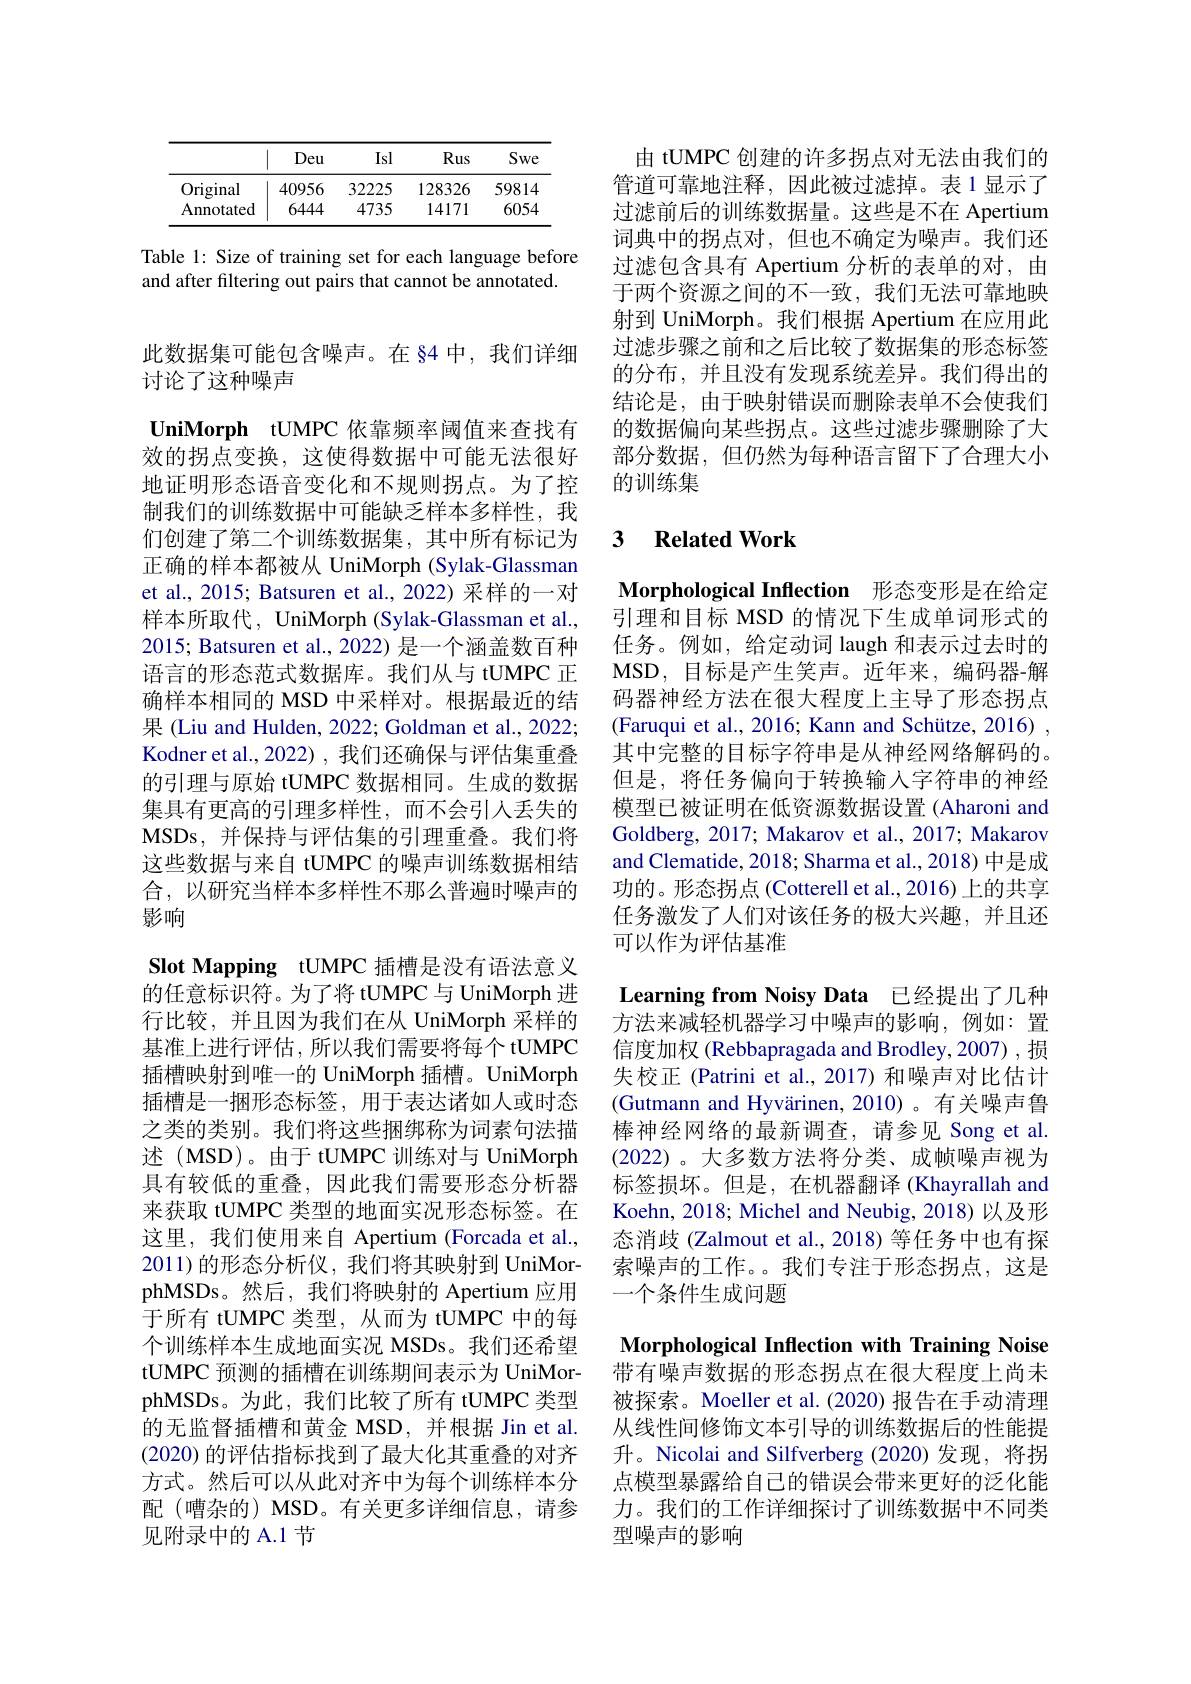
<table>
	<tbody>
		<tr>
			<th> </th>
			<th>Deu</th>
			<th>Isl</th>
			<th>Rus</th>
			<th>Swe</th>
		</tr>
		<tr>
			<td>Original</td>
			<td>40956</td>
			<td>32225</td>
			<td>128326</td>
			<td>59814</td>
		</tr>
		<tr>
			<td>Annotated</td>
			<td>6444</td>
			<td>4735</td>
			<td>14171</td>
			<td>6054</td>
		</tr>
	</tbody>
</table>

Table 1: Size of training set for each language before
and after filtering out pairs that cannot be annotated.

此数据集可能包含噪声。在 §4 中，我们详细
讨论了这种噪声

UniMorph tUMPC 依靠频率阈值来查找有效的拐点变换，这使得数据中可能无法很好地证明形态语音变化和不规则拐点。为了控制我们的训练数据中可能缺乏样本多样性，我们创建了第二个训练数据集，其中所有标记为正确的样本都被从 UniMorph (Sylak-Glassman et al., 2015; Batsuren et al., 2022) 采样的一对样本所取代，UniMorph (Sylak-Glassman et al., 2015; Batsuren et al., 2022) 是一个涵盖数百种语言的形态范式数据库。我们从与 tUMPC 正确样本相同的 MSD 中采样对。根据最近的结果 (Liu and Hulden, 2022; Goldman et al., 2022; Kodner et al., 2022) , 我们还确保与评估集重叠的引理与原始 tUMPC 数据相同。生成的数据集具有更高的引理多样性，而不会引入丢失的MSDs,并保持与评估集的引理重叠。我们将这些数据与来自 tUMPC 的噪声训练数据相结合，以研究当样本多样性不那么普遍时噪声的影响

Slot Mapping tUMPC 插槽是没有语法意义的任意标识符。为了将 tUMPC 与 UniMorph 进行比较，并且因为我们在从 UniMorph 采样的基准上进行评估，所以我们需要将每个 tUMPC 插槽映射到唯一的 UniMorph 插槽。UniMorph 插槽是一捆形态标签，用于表达诸如人或时态之类的类别。我们将这些捆绑称为词素句法描述 (MSD)。由于 tUMPC 训练对与 UniMorph 具有较低的重叠，因此我们需要形态分析器来获取 tUMPC 类型的地面实况形态标签。在这里，我们使用来自 Apertium (Forcada et al., 2011)的形态分析仪，我们将其映射到 UniMorphMSDs。然后，我们将映射的 Apertium 应用于所有 tUMPC 类型，从而为 tUMPC 中的每个训练样本生成地面实况 MSDs。我们还希望tUMPC 预测的插槽在训练期间表示为 UniMorphMSDs。为此，我们比较了所有 tUMPC 类型的无监督插槽和黄金 MSD,并根据 Jin et al. (2020)的评估指标找到了最大化其重叠的对齐方式。然后可以从此对齐中为每个训练样本分配(嘈杂的) MSD。有关更多详细信息，请参见附录中的 A.1 节

由 tUMPC 创建的许多拐点对无法由我们的管道可靠地注释，因此被过滤掉。表1显示了过滤前后的训练数据量。这些是不在 Apertium 词典中的拐点对，但也不确定为噪声。我们还过滤包含具有 Apertium 分析的表单的对，由于两个资源之间的不一致，我们无法可靠地映射到 UniMorph。我们根据 Apertium 在应用此过滤步骤之前和之后比较了数据集的形态标签的分布，并且没有发现系统差异。我们得出的结论是，由于映射错误而删除表单不会使我们的数据偏向某些拐点。这些过滤步骤删除了大部分数据，但仍然为每种语言留下了合理大小的训练集

## 3 Related Work

Morphological Inflection 形态变形是在给定引理和目标 MSD 的情况下生成单词形式的

任务。例如，给定动词 laugh 和表示过去时的$\mathbf{MSD,}$目标是产生笑声。近年来，编码器-解码器神经方法在很大程度上主导了形态拐点(Faruqui et al., 2016; Kann and Schütze, 2016) , 其中完整的目标字符串是从神经网络解码的。但是，将任务偏向于转换输入字符串的神经模型已被证明在低资源数据设置 (Aharoni and Goldberg, 2017; Makarov et al., 2017; Makarov and Clematide, 2018; Sharma et al., 2018) 中是成功的。形态拐点 (Cotterell et al., 2016) 上的共享任务激发了人们对该任务的极大兴趣，并且还可以作为评估基准

Learning from Noisy Data 已经提出了几种

方法来减轻机器学习中噪声的影响，例如：置信度加权 (Rebbapragada and Brodley,2007) ,损失校正 (Patrini et al.,2017) 和噪声对比估计(Gutmann and Hyvärinen, 2010)。有关噪声鲁棒神经网络的最新调查，请参见 Song et al. (2022)。大多数方法将分类、成帧噪声视为标签损坏。但是，在机器翻译 (Khayrallah and Koehn, 2018; Michel and Neubig, 2018) 以及形态消歧 (Zalmout et al., 2018) 等任务中也有探索噪声的工作。。我们专注于形态拐点，这是一个条件生成问题

Morphological Inflection with Training Noise 带有噪声数据的形态拐点在很大程度上尚未被探索。Moeller et al. (2020) 报告在手动清理从线性间修饰文本引导的训练数据后的性能提升。Nicolai and Silfverberg (2020)发现，将拐点模型暴露给自己的错误会带来更好的泛化能力。我们的工作详细探讨了训练数据中不同类型噪声的影响